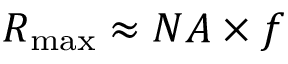
{ R _ { \mathrm { m a x } } } \approx N A \times f